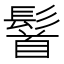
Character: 䭮